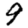
Digit: 9